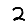
Digit: 2